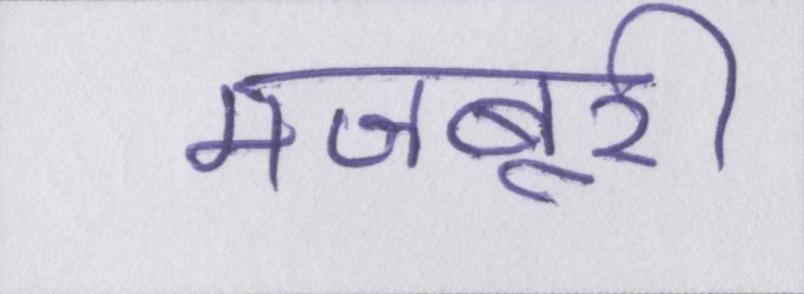
मजबूरी